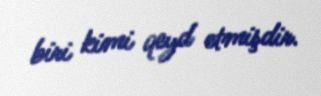
biri kimi qeyd etmişdir.